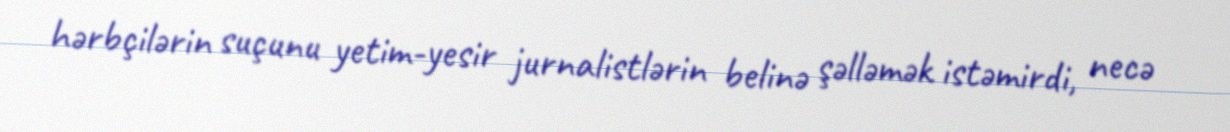
hərbçilərin suçunu yetim-yesir jurnalistlərin belinə şəlləmək istəmirdi, necə